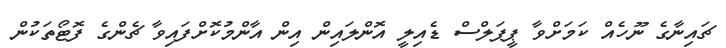
ޗައިނާގެ ނޫހެއް ކަމަށްވާ ޕީޕަލްސް ޑެއިލީ އޮންލައިން އިން އާންމުކޮށްފައިވާ ޗެންގެ ފޮޓޯތަކުން